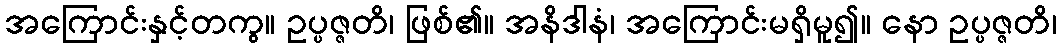
အကြောင်းနှင့်တကွ။ ဥပ္ပဇ္ဇတိ၊ ဖြစ်၏။ အနိဒါနံ၊ အကြောင်းမရှိမူ၍။ နော ဥပ္ပဇ္ဇတိ၊